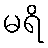
မရိ